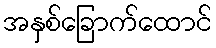
အနှစ်ခြောက်ထောင်